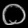
Digit: ၀